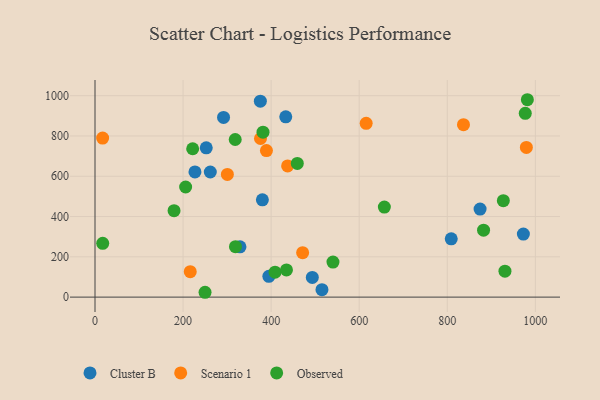
{"axis": {"x": "Ad Spend", "y": "Sales"}, "legend": ["Cluster B", "Observed", "Scenario 1"], "data": [{"x": "809.0", "y": 289.2, "type": "Cluster B"}, {"x": "227.0", "y": 621.5, "type": "Cluster B"}, {"x": "972.8", "y": 312.9, "type": "Cluster B"}, {"x": "493.5", "y": 97.5, "type": "Cluster B"}, {"x": "874.5", "y": 437.0, "type": "Cluster B"}, {"x": "252.6", "y": 741.3, "type": "Cluster B"}, {"x": "515.4", "y": 37.1, "type": "Cluster B"}, {"x": "261.8", "y": 621.1, "type": "Cluster B"}, {"x": "380.1", "y": 483.0, "type": "Cluster B"}, {"x": "433.2", "y": 895.1, "type": "Cluster B"}, {"x": "329.2", "y": 249.9, "type": "Cluster B"}, {"x": "291.9", "y": 892.1, "type": "Cluster B"}, {"x": "375.5", "y": 972.9, "type": "Cluster B"}, {"x": "394.8", "y": 103.3, "type": "Cluster B"}, {"x": "615.8", "y": 863.0, "type": "Scenario 1"}, {"x": "836.8", "y": 855.9, "type": "Scenario 1"}, {"x": "300.6", "y": 609.2, "type": "Scenario 1"}, {"x": "471.5", "y": 220.7, "type": "Scenario 1"}, {"x": "389.3", "y": 727.6, "type": "Scenario 1"}, {"x": "216.3", "y": 126.1, "type": "Scenario 1"}, {"x": "437.4", "y": 651.1, "type": "Scenario 1"}, {"x": "979.6", "y": 743.1, "type": "Scenario 1"}, {"x": "375.8", "y": 787.6, "type": "Scenario 1"}, {"x": "17.3", "y": 789.6, "type": "Scenario 1"}, {"x": "318.4", "y": 782.5, "type": "Observed"}, {"x": "931.0", "y": 128.9, "type": "Observed"}, {"x": "319.0", "y": 250.4, "type": "Observed"}, {"x": "381.5", "y": 818.7, "type": "Observed"}, {"x": "205.8", "y": 546.7, "type": "Observed"}, {"x": "927.3", "y": 478.8, "type": "Observed"}, {"x": "221.8", "y": 736.5, "type": "Observed"}, {"x": "249.9", "y": 24.0, "type": "Observed"}, {"x": "17.5", "y": 267.1, "type": "Observed"}, {"x": "408.9", "y": 123.6, "type": "Observed"}, {"x": "981.9", "y": 980.0, "type": "Observed"}, {"x": "882.4", "y": 332.3, "type": "Observed"}, {"x": "657.1", "y": 447.2, "type": "Observed"}, {"x": "434.8", "y": 135.1, "type": "Observed"}, {"x": "179.5", "y": 429.2, "type": "Observed"}, {"x": "540.4", "y": 174.1, "type": "Observed"}, {"x": "459.4", "y": 663.9, "type": "Observed"}, {"x": "977.1", "y": 912.3, "type": "Observed"}]}